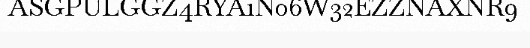
ASGPULGGZ4RYA1N06W32EZZNAXNR9